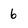
Character: 6